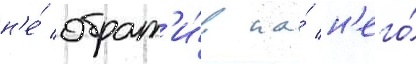
н'е́ обрат'и́в на́ н'его́